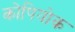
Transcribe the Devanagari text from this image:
कोपियोक